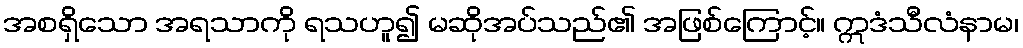
အစရှိသော အရသာကို ရသဟူ၍ မဆိုအပ်သည်၏ အဖြစ်ကြောင့်။ ဣဒံသီလံနာမ၊